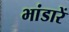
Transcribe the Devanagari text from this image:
भांडारें